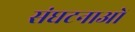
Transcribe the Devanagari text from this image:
संघटनाओं